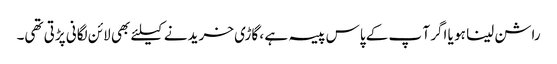
راشن لینا ہو یا اگر آ پ کے پاس پیسہ ہے ، گاڑی خریدنے کیلئے بھی لائن لگانی پڑتی تھی۔